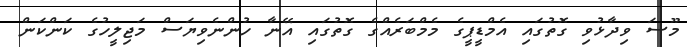
މޫސަ ވިދާޅުވި ގޮތުގައި އެމްޑީޕީގެ މެމްބަރެެއްގެ ގޮތުގައި އޭނާ ހުންނެވިޔަސް މަޖިލީހުގެ ކަންކަން